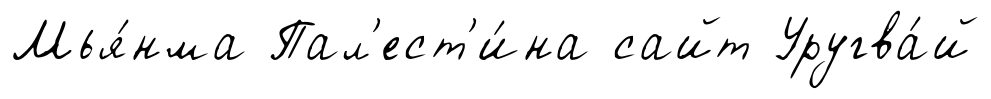
Мья́нма Пал'ест'и́на сайт Уругва́й